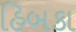
હિબકા